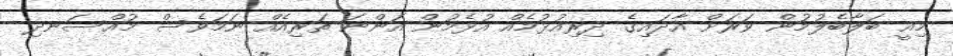
މިއީ ބަލާބެލުމުން ވަރަށް އާދައިގެ ދިރިއުޅުމެއް އުޅެމުން އަންނަ ތަރިއެއް ނަމަވެސް މުއްްސަނދި